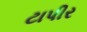
ટાપીર